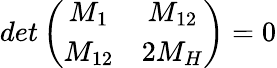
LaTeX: det\left(\begin{array}{cc}{{M_{1}}}&{{M_{12}}}\\ {{M_{12}}}&{{2M_{H}}}\end{array}\right)=0